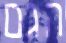
הגם